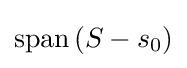
\operatorname {span} \left(S-s_{0}\right)